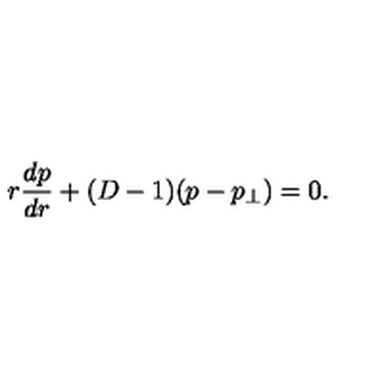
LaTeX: r \frac { d p } { d r } + ( D - 1 ) ( p - p _ { \perp } ) = 0 .